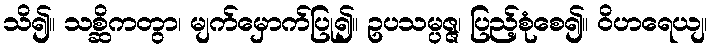
သိ၍။ သစ္ဆိကတွာ၊ မျက်မှောက်ပြု၍။ ဥပသမ္ပဇ္ဇ၊ ပြည့်စုံစေ၍။ ဝိဟရေယျ၊